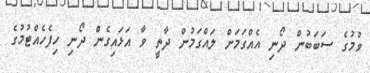
ވުމުގެ ސަބަބުން ދޯނި އެއްގަމަށް ލައްގަމުން ދާތީ ވާ އަޅައިގެން ދޯނި ހިފެހެއްޓުމުގެ